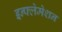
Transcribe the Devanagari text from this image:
इन्फ्लेमेशन